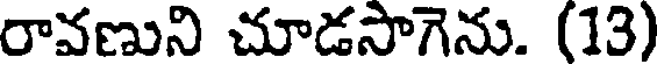
రావణుని చూడసాగెను. (13)